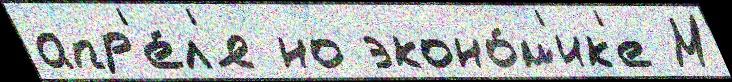
апр'е́л'я но эконо́м'ик'е М